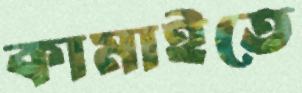
কামাইতে